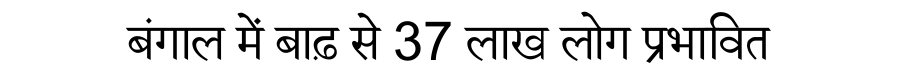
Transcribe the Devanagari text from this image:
बंगाल में बाढ़ से 37 लाख लोग प्रभावित